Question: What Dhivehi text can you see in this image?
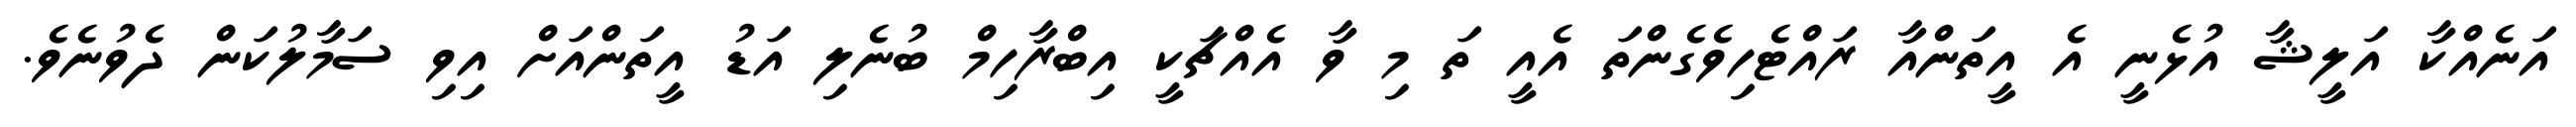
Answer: އަނެއްކާ އަލީޝާ އުޅެނީ އެ އީތަންއާ ރައްޓެހިވެގެންތަ އެއީ ތަ މި ވާ އެއްޗަކީ އިބްރާހިމް ބުނެލި އަޑު އީތަންއަށް އިވި ސަމާލުކަން ދެވުނެވެ.